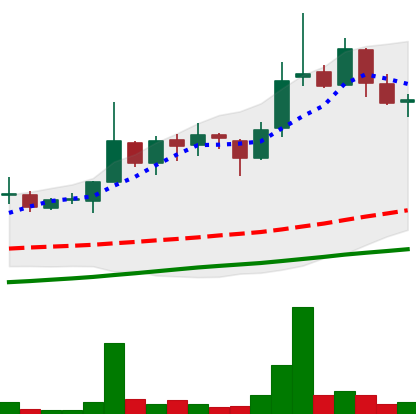
Ticker: LINK-USD
Chart end date: 2018-11-06
Forward return: 5.272%
Label: up_5_7